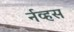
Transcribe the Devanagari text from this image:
र्नव्हस